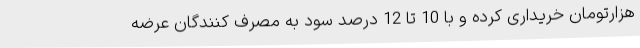
هزارتومان خریداری کرده و با 10 تا 12 درصد سود به مصرف کنندگان عرضه